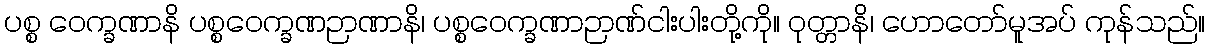
ပစ္စ ဝေက္ခဏာနိ ပစ္စဝေက္ခဏဉာဏာနိ၊ ပစ္စဝေက္ခဏာဉာဏ်ငါးပါးတို့ကို။ ဝုတ္တာနိ၊ ဟောတော်မူအပ် ကုန်သည်။